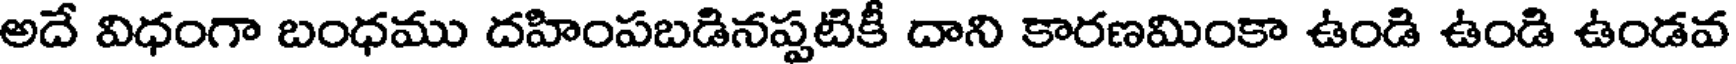
అదే విధంగా బంధము దహింపబడినప్పటికీ దాని కారణమింకా ఉండి ఉండి ఉండవ